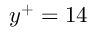
y ^ { + } = 1 4